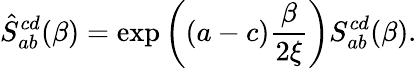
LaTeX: \hat{S}_{ab}^{cd}(\beta)=\exp\bigg((a-c){\frac{\beta}{2\xi}}\bigg)S_{ab}^{cd}(\beta).